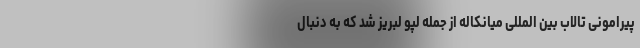
پیرامونی تالاب بین المللی میانکاله از جمله لپو لبریز شد که به دنبال